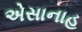
એસાનાહ